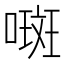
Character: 𫫨